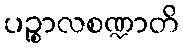
ပဉ္စာလစဏ္ဍာတိ